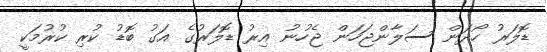
ޑޮލަރު ހޯދަން ސަލާންޖަހަން ޖެހުނު އިރު ޑޮލަރުގެ އަގު ބޮޑު ކުރި ކުރުމަކީ